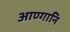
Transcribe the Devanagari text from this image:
आण्गानि